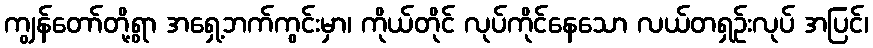
ကျွန်တော်တို့ရွာ အရှေ့ဘက်ကွင်းမှာ၊ ကိုယ်တိုင် လုပ်ကိုင်နေသော လယ်တရှဉ်းလုပ် အပြင်၊